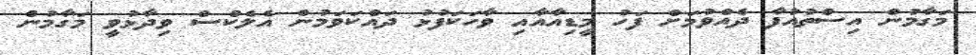
މަގާމުން އިސްތުއުފާ ދެއްވުމަށް ފަހު މީޑިއާއާއި ވާހަކަފުޅު ދައްކަވަމުން އެލެކްސް ވިދާޅުވީ މަގާމުން